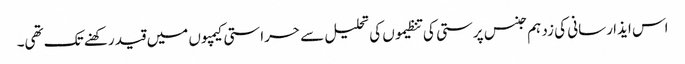
اس ایذا رسانی کی زد ہم جنس پرستی کی تنظیموں کی تحلیل سے حراستی کیمپوں میں قید رکھنے تک تھی۔